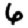
Digit: 6